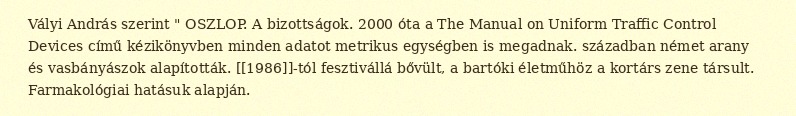
Vályi András szerint " OSZLOP. A bizottságok. 2000 óta a The Manual on Uniform Traffic Control Devices című kézikönyvben minden adatot metrikus egységben is megadnak. században német arany és vasbányászok alapították. [[1986]]-tól fesztivállá bővült, a bartóki életműhöz a kortárs zene társult. Farmakológiai hatásuk alapján.